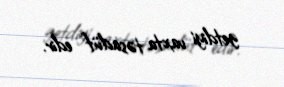
getdiyi vaxta təsadüf edir.